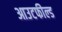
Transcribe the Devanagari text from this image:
आउटफील्‍ड